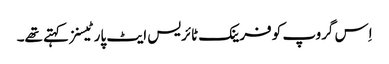
اِس گروپ کو فرینک ٹائریس ایٹ پارٹیسنز کہتے تھے۔